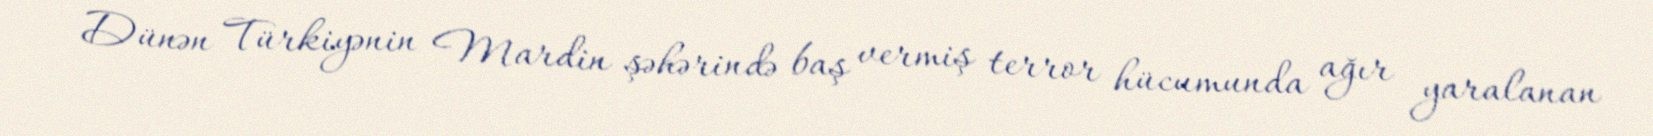
Dünən Türkiyənin Mardin şəhərində baş vermiş terror hücumunda ağır yaralanan